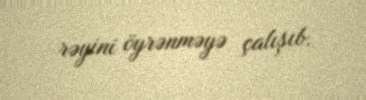
rəyini öyrənməyə çalışıb.